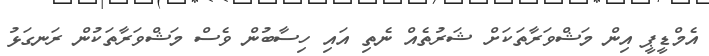
އެމްޑީޕީ އިން މަޝްވަރާތަކަށް ޝަރުތެއް ނެތި އައި ހިސާބުން ވެސް މަޝްވަރާތަކުން ރަނގަޅު